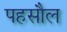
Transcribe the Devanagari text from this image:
पहसौल